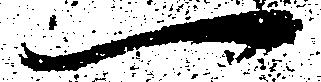
一